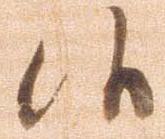
候